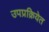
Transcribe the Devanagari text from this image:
उपप्रक्रियेत